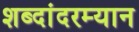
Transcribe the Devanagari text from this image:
शब्दांदरम्यान